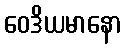
ဝေဒိယမာနော